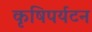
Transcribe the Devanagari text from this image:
कृषिपर्यटन